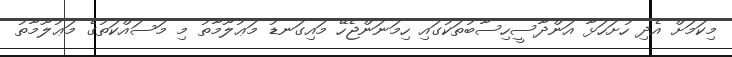
މިކަމަށް އެދި ހުށަހަޅާ އަންދާސީހިސާބުތަކުގައި ހިމަނަންޖެހޭ މައިގަނޑު މަޢުލޫމާތު މި މަސައްކަތުގެ މަޢުލޫމާތު